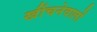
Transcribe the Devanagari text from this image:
खींचनेवालों